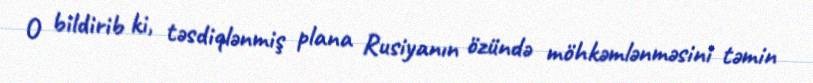
O bildirib ki, təsdiqlənmiş plana Rusiyanın özündə möhkəmlənməsini təmin